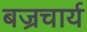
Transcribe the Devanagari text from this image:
बज्रचार्य